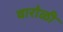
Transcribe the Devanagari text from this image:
वारोळी